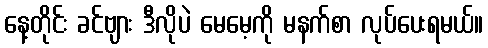
နေ့တိုင်း ခင်ဗျား ဒီလိုပဲ မေမေ့ကို မနက်စာ လုပ်ပေးရမယ်။